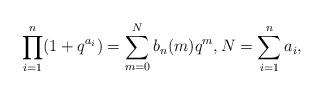
LaTeX: \begin{align*} \prod_{i=1}^n(1+q^{a_i}) =\sum_{m=0}^Nb_n(m)q^m, N=\sum_{i=1}^na_i,\end{align*}